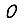
Digit: 0